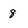
Character: 8